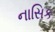
નાસિક